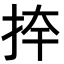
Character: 𭠦